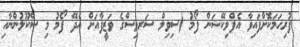
ފުރިހަމަކޮށްފައިވާ އެޕްލިކޭޝަން ފޯމު (ސިވިލް ސަރވިސްގެ ވަޒީފާއަށް އެދޭ ފޯމު މި ސްކޫލުންނާއި